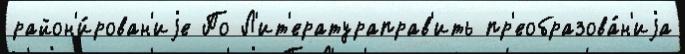
район'и́рован'иjе По Л'ит'ератураправ'ить пр'еобразова́н'иjа